Report of the Indian Hemp Drugs Commission, 1894-1895 - Volume VIII
Year: 1894
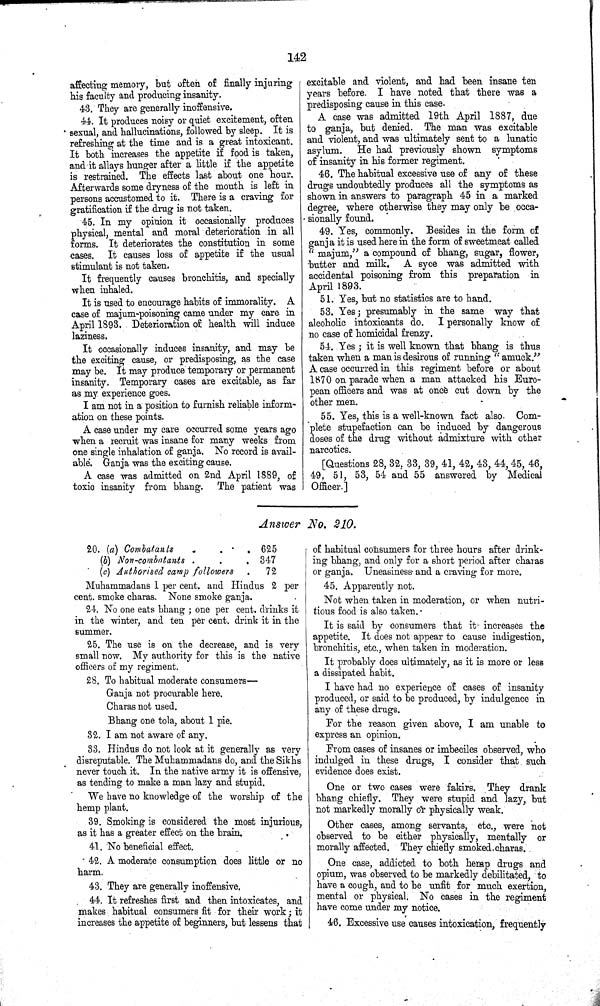
142
affecting memory, but often of finally injuring
his faculty and producing insanity.
43. They are generally inoffensive.
44. It produces noisy or quiet excitement, often
sexual, and hallucinations, followed by sleep. It is
refreshing at the time and is a great intoxicant.
It both increases the appetite if food is taken,
and it allays hunger after a little if the appetite
is restrained. The effects last about one hour.
Afterwards some dryness of the mouth is left in
persons accustomed to it. There is a craving for
gratification if the drug is not taken.
45. In my opinion it occasionally produces
physical, mental and moral deterioration in all
forms. It deteriorates the constitution in some
cases. It causes loss of appetite if the usual
stimulant is not taken.
It frequently causes bronchitis, and specially
when inhaled.
It is used to encourage habits of immorality. A
case of majum-poisoning came under my care in
April 1893. Deterioration of health will induce
laziness.
It occasionally induces insanity, and may be
the exciting cause, or predisposing, as the case
may be. It may produce temporary or permanent
insanity. Temporary cases are excitable, as far
as my experience goes.
I am not in a position to furnish reliable inform¬
ation on these points.
A case under my care occurred some years ago
when a recruit was insane for many weeks from
one single inhalation of ganja. No record is avail¬
able. Ganja was the exciting cause.
A case was admitted on 2nd April 1889, of
toxic insanity from bhang. The patient was
excitable and violent, and had been insane ten
years before. I have noted that there was a
predisposing cause in this case.
A case was admitted 19th April 1887, due
to ganja, but denied. The man was excitable
and violent, and was ultimately sent to a lunatic
asylum. He had previously shown symptoms
of insanity in his former regiment.
46. The habitual excessive use of any of these
drugs undoubtedly produces all the symptoms as
shown in answers to paragraph 45 in a marked
degree, where otherwise they may only be occa¬
sionally found.
49. Yes, commonly. Besides in the form of
ganja it is used here in the form of sweetmeat called
"majum," a compound of bhang, sugar, flower,
butter and milk. A syce was admitted with
accidental poisoning from this preparation in
April 1893.
51. Yes, but no statistics are to hand.
53. Yes; presumably in the same way that
alcoholic intoxicants do. I personally know of
no case of homicidal frenzy.
54. Yes; it is well known that bhang is thus
taken when a man is desirous of running "amuck."
A case occurred in this regiment before or about
1870 on parade when a man attacked his Euro¬
pean officers and was at once cut down by the
other men.
55. Yes, this is a well-known fact also. Com¬
plete stupefaction can be induced by dangerous
doses of the drug without admixture with other
narcotics.
[Questions 28, 32, 33, 39, 41, 42, 43, 44, 45, 46,
49, 51, 53, 54 and 55 answered by Medical
Officer.]
Answer No. 210.
20. (a) Combatants
625
(b) Non-combantants
347
(c) Authorised camp followers
72
Muhammadans 1 per cent and Hindus 2 per
cent. smoke charas. None smoke ganja.
24. No one eats bhang; one per cent. drinks it
in the winter, and ten per cent. drink it in the
summer.
25. The use is on the decrease, and is very
small now. My authority for this is the native
officers of my regiment.
28. To habitual moderate consumers—
Ganja not procurable here.
Charas not used.
Bhang one tola, about 1 pie.
32. I am not aware of any.
33. Hindus do not look at it generally as very
disreputable. The Muhammadans do, and the Sikhs
never touch it. In the native army it is offensive,
as tending to make a man lazy and stupid.
We have no knowledge of the worship of the
hemp plant.
39. Smoking is considered the most injurious,
as it has a greater effect on the brain.
41. No beneficial effect.
42. A moderate consumption does little or no
harm.
43. They are generally inoffensive.
44. It refreshes first and then intoxicates, and
makes habitual consumers fit for their work; it
increases the appetite of beginners, but lessens that
of habitual consumers for three hours after drink¬
ing bhang, and only for a short period after charas
or ganja. Uneasiness and a craving for more.
45. Apparently not.
Not when taken in moderation, or when nutri¬
tious food is also taken.
It is said by consumers that it increases the
appetite. It does not appear to cause indigestion,
bronchitis, etc., when taken in moderation.
It probably does ultimately, as it is more or less
a dissipated habit.
I have had no experience of cases of insanity
produced, or said to be produced, by indulgence in
any of these drugs.
For the reason given above, I am unable to
express an opinion.
From cases of insanes or imbeciles observed, who
indulged in these drugs, I consider that such
evidence does exist.
One or two cases were fakirs. They drank
bhang chiefly. They were stupid and lazy, but
not markedly morally or physically weak.
Other cases, among servants, etc., were not
observed to be either physically, mentally or
morally affected. They chiefly smoked charas.
One case, addicted to both hemp drugs and
opium, was observed to be markedly debilitated, to
have a cough, and to be unfit for much exertion,
mental or physical. No cases in the regiment
have come under my notice.
46. Excessive use causes intoxication, frequently